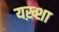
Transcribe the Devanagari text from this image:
यख़्शा